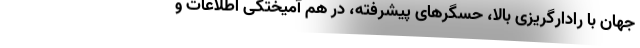
جهان با رادارگریزی بالا، حسگرهای پیشرفته، در هم آمیختگی اطلاعات و